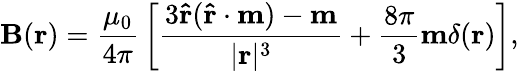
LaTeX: \mathbf{B}(\mathbf{r})={\frac{\mu_{0}}{4\pi}}\left[{\frac{3\mathbf{\hat{r}}(\mathbf{\hat{r}}\cdot\mathbf{m})-\mathbf{m}}{|\mathbf{r}|^{3}}}+{\frac{8\pi}{3}}\mathbf{m}\delta(\mathbf{r})\right],